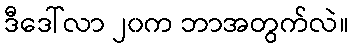
ဒီဒေါ်လာ ၂၀က ဘာအတွက်လဲ။